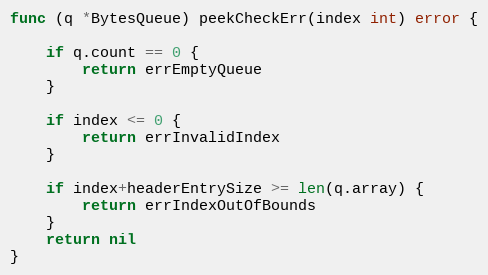
Language: Go
func (q *BytesQueue) peekCheckErr(index int) error {

	if q.count == 0 {
		return errEmptyQueue
	}

	if index <= 0 {
		return errInvalidIndex
	}

	if index+headerEntrySize >= len(q.array) {
		return errIndexOutOfBounds
	}
	return nil
}